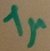
Text: 1µ